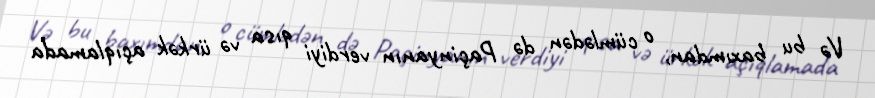
Və bu baxımdan, o cümlədən də Paçinyanın verdiyi qısa və ürkək açıqlamada